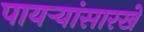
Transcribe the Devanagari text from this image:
पायऱ्यांसारखे